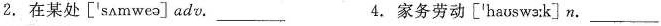
2. 在某处['sʌmweə]adv.___ 4. 家务劳动['haʊswɜːk]n.___